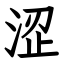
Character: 涩